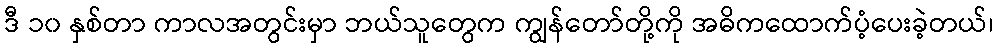
ဒီ ၁၀ နှစ်တာ ကာလအတွင်းမှာ ဘယ်သူတွေက ကျွန်တော်တို့ကို အဓိကထောက်ပံ့ပေးခဲ့တယ်၊